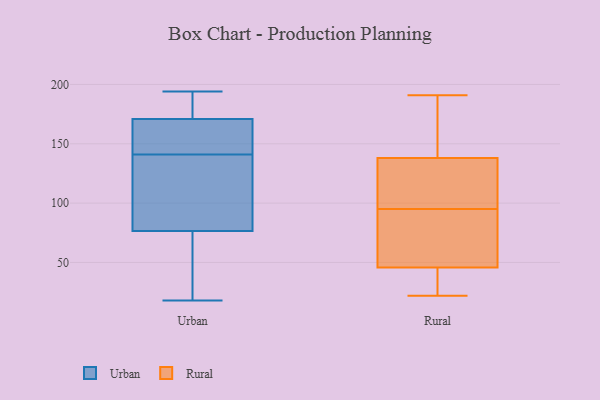
{"axis": {"x": "Budget (USD K)", "y": "Value"}, "legend": ["Rural", "Urban"], "data": [{"x": "", "y": 84, "type": "Urban"}, {"x": "", "y": 19, "type": "Urban"}, {"x": "", "y": 37, "type": "Urban"}, {"x": "", "y": 187, "type": "Urban"}, {"x": "", "y": 119, "type": "Urban"}, {"x": "", "y": 180, "type": "Urban"}, {"x": "", "y": 194, "type": "Urban"}, {"x": "", "y": 163, "type": "Urban"}, {"x": "", "y": 89, "type": "Urban"}, {"x": "", "y": 141, "type": "Urban"}, {"x": "", "y": 118, "type": "Urban"}, {"x": "", "y": 168, "type": "Urban"}, {"x": "", "y": 148, "type": "Urban"}, {"x": "", "y": 146, "type": "Urban"}, {"x": "", "y": 18, "type": "Urban"}, {"x": "", "y": 54, "type": "Urban"}, {"x": "", "y": 191, "type": "Urban"}, {"x": "", "y": 104, "type": "Rural"}, {"x": "", "y": 39, "type": "Rural"}, {"x": "", "y": 63, "type": "Rural"}, {"x": "", "y": 191, "type": "Rural"}, {"x": "", "y": 72, "type": "Rural"}, {"x": "", "y": 98, "type": "Rural"}, {"x": "", "y": 145, "type": "Rural"}, {"x": "", "y": 135, "type": "Rural"}, {"x": "", "y": 160, "type": "Rural"}, {"x": "", "y": 40, "type": "Rural"}, {"x": "", "y": 22, "type": "Rural"}, {"x": "", "y": 139, "type": "Rural"}, {"x": "", "y": 95, "type": "Rural"}, {"x": "", "y": 68, "type": "Rural"}, {"x": "", "y": 31, "type": "Rural"}]}